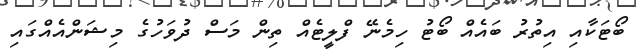
ބޯޓަކާއި އިތުރު ބައެއް ބޯޓު ހިމެނޭ ފްލީޓެއް ތިން މަސް ދުވަހުގެ މިޝަންއެއްގައި